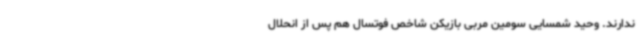
ندارند. وحید شمسایی سومین مربی بازیکن شاخص فوتسال هم پس از انحلال